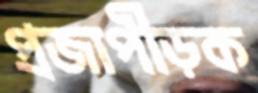
প্রজাপীড়ক